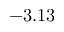
- 3 . 1 3